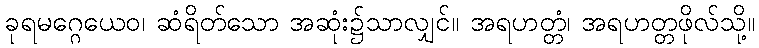
ခုရမဂ္ဂေယေဝ၊ ဆံရိတ်သော အဆုံး၌သာလျှင်။ အရဟတ္တံ၊ အရဟတ္တဖိုလ်သို့။